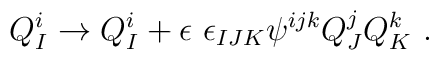
Q^i_I \to Q^i_I + \epsilon \ \epsilon_{IJK} \psi^{ijk} Q^j_J Q^k_K ~.